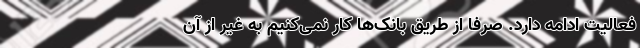
فعالیت ادامه دارد. صرفاً از طریق بانک‌ها کار نمی‌کنیم به غیر از آن